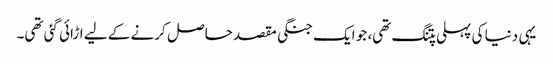
یہی دنیا کی پہلی پتنگ تھی، جو ایک جنگی مقصد حاصل کرنے کے لیے اڑائی گئی تھی۔